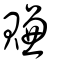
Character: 賺